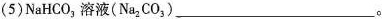
(5)NaHCO_{3}溶液(Na_{2}CO_{3})___。